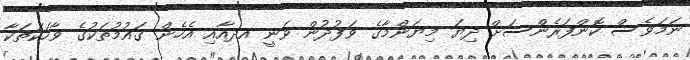
ނަމަވެސް ކޮންފަރެންސަށް ދިޔަ މިޔަންމާގެ ވަފުދުން ވަނީ އދއާއި އެހެން ގައުމުތަކުގެ ވާހަކަތަކާ